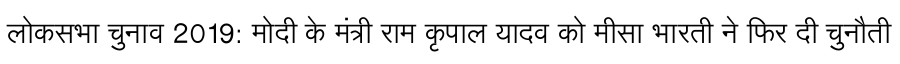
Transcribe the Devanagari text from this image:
लोकसभा चुनाव 2019: मोदी के मंत्री राम कृपाल यादव को मीसा भारती ने फिर दी चुनौती